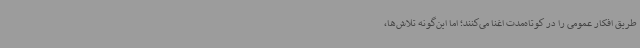
طریق افکار عمومی را در کوتاه‌مدت اغنا می‌کنند؛ اما این‌گونه تلاش‌ها،